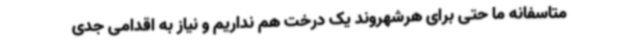
متاسفانه ما حتی برای هرشهروند یک درخت هم نداریم و نیاز به اقدامی جدی